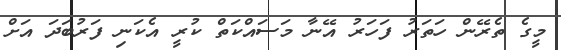
މީގެ ތެރޭން ހަތަރު ފަހަރު އޭނާ މަސައްކަތް ކުރީ އެކަނި ފަރުބަދަ އަށް